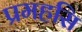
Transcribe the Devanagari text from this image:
प्रमहसि